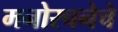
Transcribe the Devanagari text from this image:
मनोरचनेचे